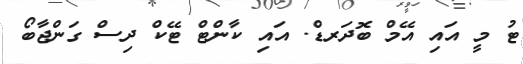
ޓު މީ އައި އޭމް ބޮދަރޑް. އައި ކާންޓް ޓޭކް ދިސް ގަންޖާބޯ